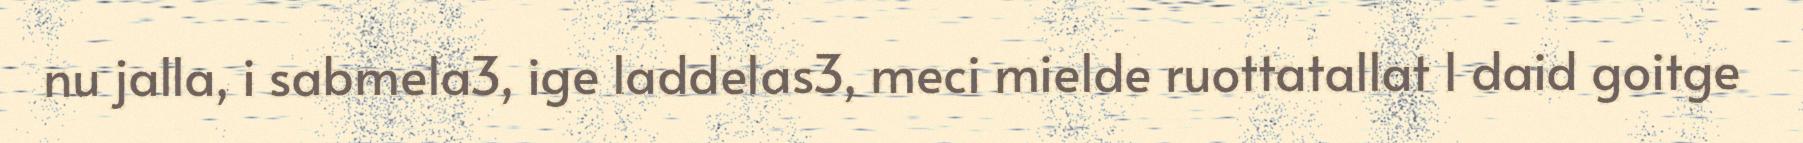
nu jalla, i sabmela3, ige laddelas3, meci mielde ruottatallat I daid goitge